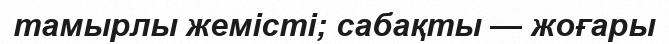
тамырлы жемісті; сабақты — жоғары